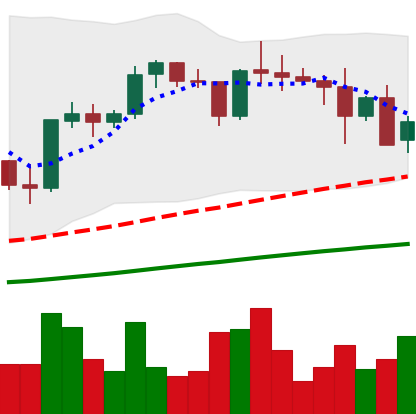
Ticker: XRP-USD
Chart end date: 2021-05-13
Forward return: 17.06%
Label: up_7plus